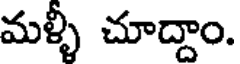
మళ్ళీ చూద్దాం.